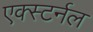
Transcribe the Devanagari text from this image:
एक्स्टर्नल